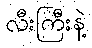
လီးကြီးနဲ့